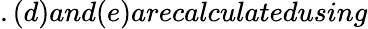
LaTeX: .(d)and(e)arecalculatedusing